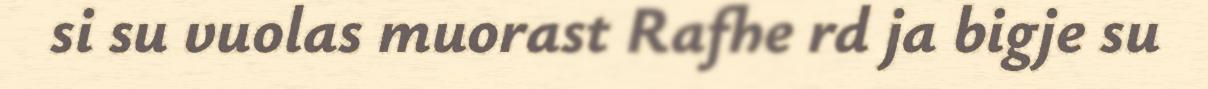
si su vuolas muorast Rafhe rd ja bigje su